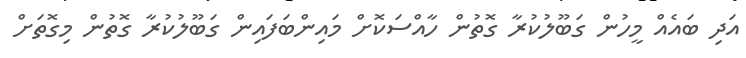
އަދި ބައެއް މީހުން ގަބޫލުކުރާ ގޮތުން ހާއްސަކޮށް މައިންބަފައިން ގަބޫލުކުރާ ގޮތުން މިގޮތަށް